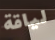
لياقة